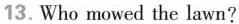
13.Who mowed the lawn?